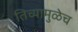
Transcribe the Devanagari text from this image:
तिच्यामुळेच